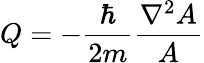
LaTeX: Q=-\frac{\hbar}{2m}\frac{\nabla^{2}A}{A}